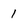
Character: 1